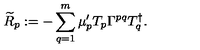
{ \widetilde { R } } _ { p } : = - \sum _ { q = 1 } ^ { m } \mu _ { p } ^ { \prime } T _ { p } \Gamma ^ { p q } T _ { q } ^ { \dag } .